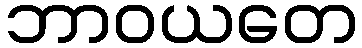
ဘာဝယတေ